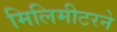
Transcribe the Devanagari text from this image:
मिलिमीटरने